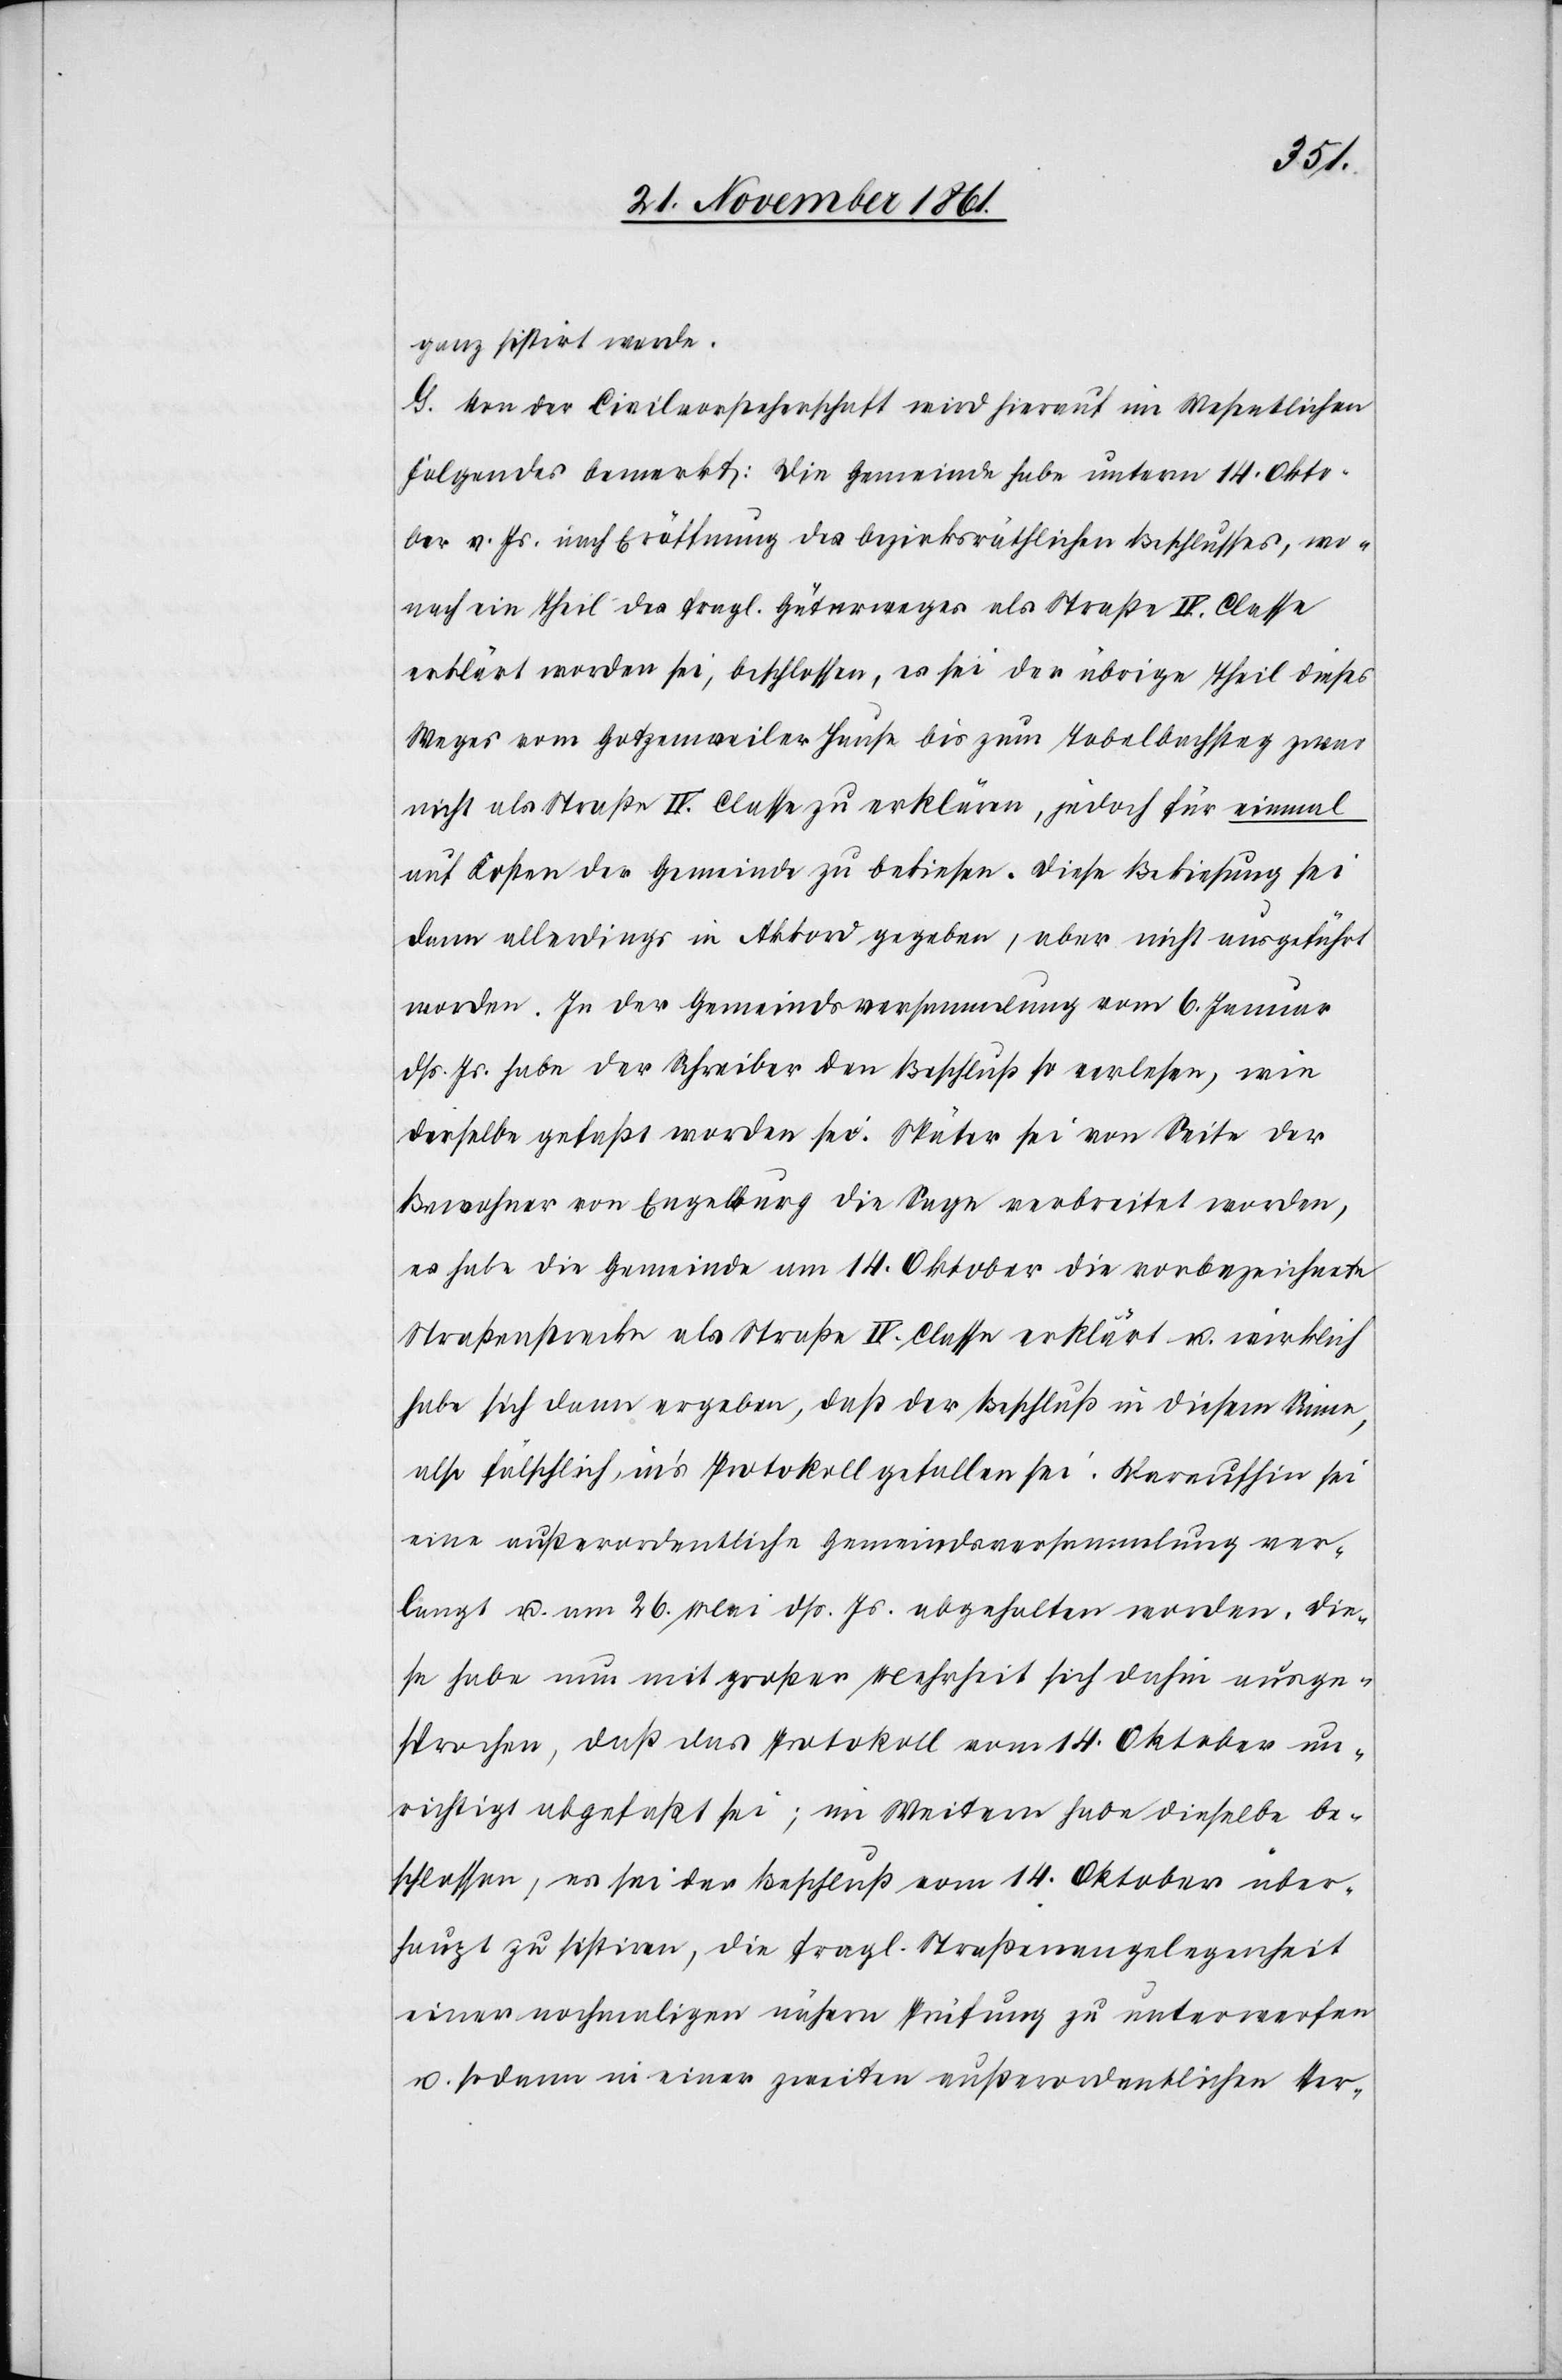
ganz sistirt werde.
G. Von der Civilvorsteherschaft wird hierauf im Wesentlichen
folgendes bemerkt: Die Gemeinde habe unterm 14 Okto¬
ber v. Js. nach Eröffnung des bezirksräthlichen Beschlusses, wo¬
nach ein Theil des fragl. Güterweges als Straße IV. Classe
erklärt worden sei, beschlossen, es sei der übrige Theil dieses
Weges vom Gotzenweiler Hause bis zum Tobelbachsteg zwar
nicht als Straße IV. Classe zu erklären, jedoch für einmal
auf Kosten der Gemeinde zu bekiesen. Diese Bekiesung sei
dann allerdings in Akkord gegeben, aber nicht ausgeführt
worden. In der Gemeindsversammlung vom 6 Januar
dß. Js. habe der Schreiber den Beschluß so verlesen, wie
derselbe gefaßt worden sei. Später sei von Seite der
Bewohner von Engelberg die Sage verbreitet worden,
es habe die Gemeinde am 14 Oktober die vorbezeichnete
Straßenstrecke als Straße IV. Classe erklärt u. wirklich
habe sich dann ergeben, daß der Beschluß in diesem Sinne,
also fälschlich in’s Protokoll gefallen sei. Daraufhin sei
eine außerordentliche Gemeindsversammlung ver¬
langt u. am 26 Mai dß. Js. abgehalten worden. Die¬
se habe nun mit großer Mehrheit sich dahin ausge¬
sprochen, daß das Protokoll vom 14 Oktober un¬
richtig abgefaßt sei; im Weitern habe dieselbe be¬
schlossen, es sei der Beschluß vom 14 Oktober über¬
haupt zu sistiren, die fragl. Straßenangelegenheit
einer nochmaligen nähern Prüfung zu unterwerfen
u. sodann in einer zweiten außerordentlichen Ver-